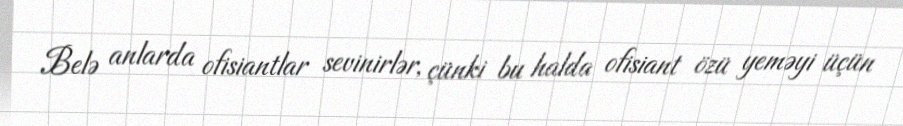
Belə anlarda ofisiantlar sevinirlər, çünki bu halda ofisiant özü yeməyi üçün